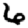
Digit: 6